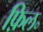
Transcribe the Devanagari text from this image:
फ़िल॰